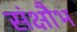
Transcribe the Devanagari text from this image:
संक्षौभ